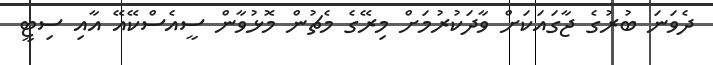
ދެވަނަ ބުރުގެ ޖާގައަކަށް ވާދަކުރުމަށް މިރޭގެ މެޗުން މޮޅުވާން ސީއެސްކޭއޭ އާއި ސިޓީ